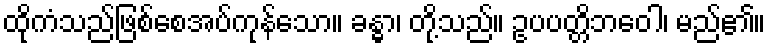
ထိုကံသည်ဖြစ်စေအပ်ကုန်သော။ ခန္ဓာ၊ တို့သည်။ ဥပပတ္တိဘဝေါ၊ မည်၏။